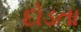
દોડતા